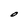
Character: O